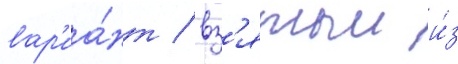
вар'иа́нт / вз'ятыи и́з